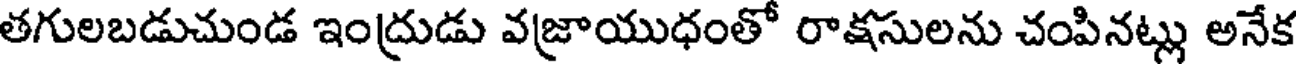
తగులబడుచుండ ఇంద్రుడు వజ్రాయుధంతో రాక్షసులను చంపినట్లు అనేక